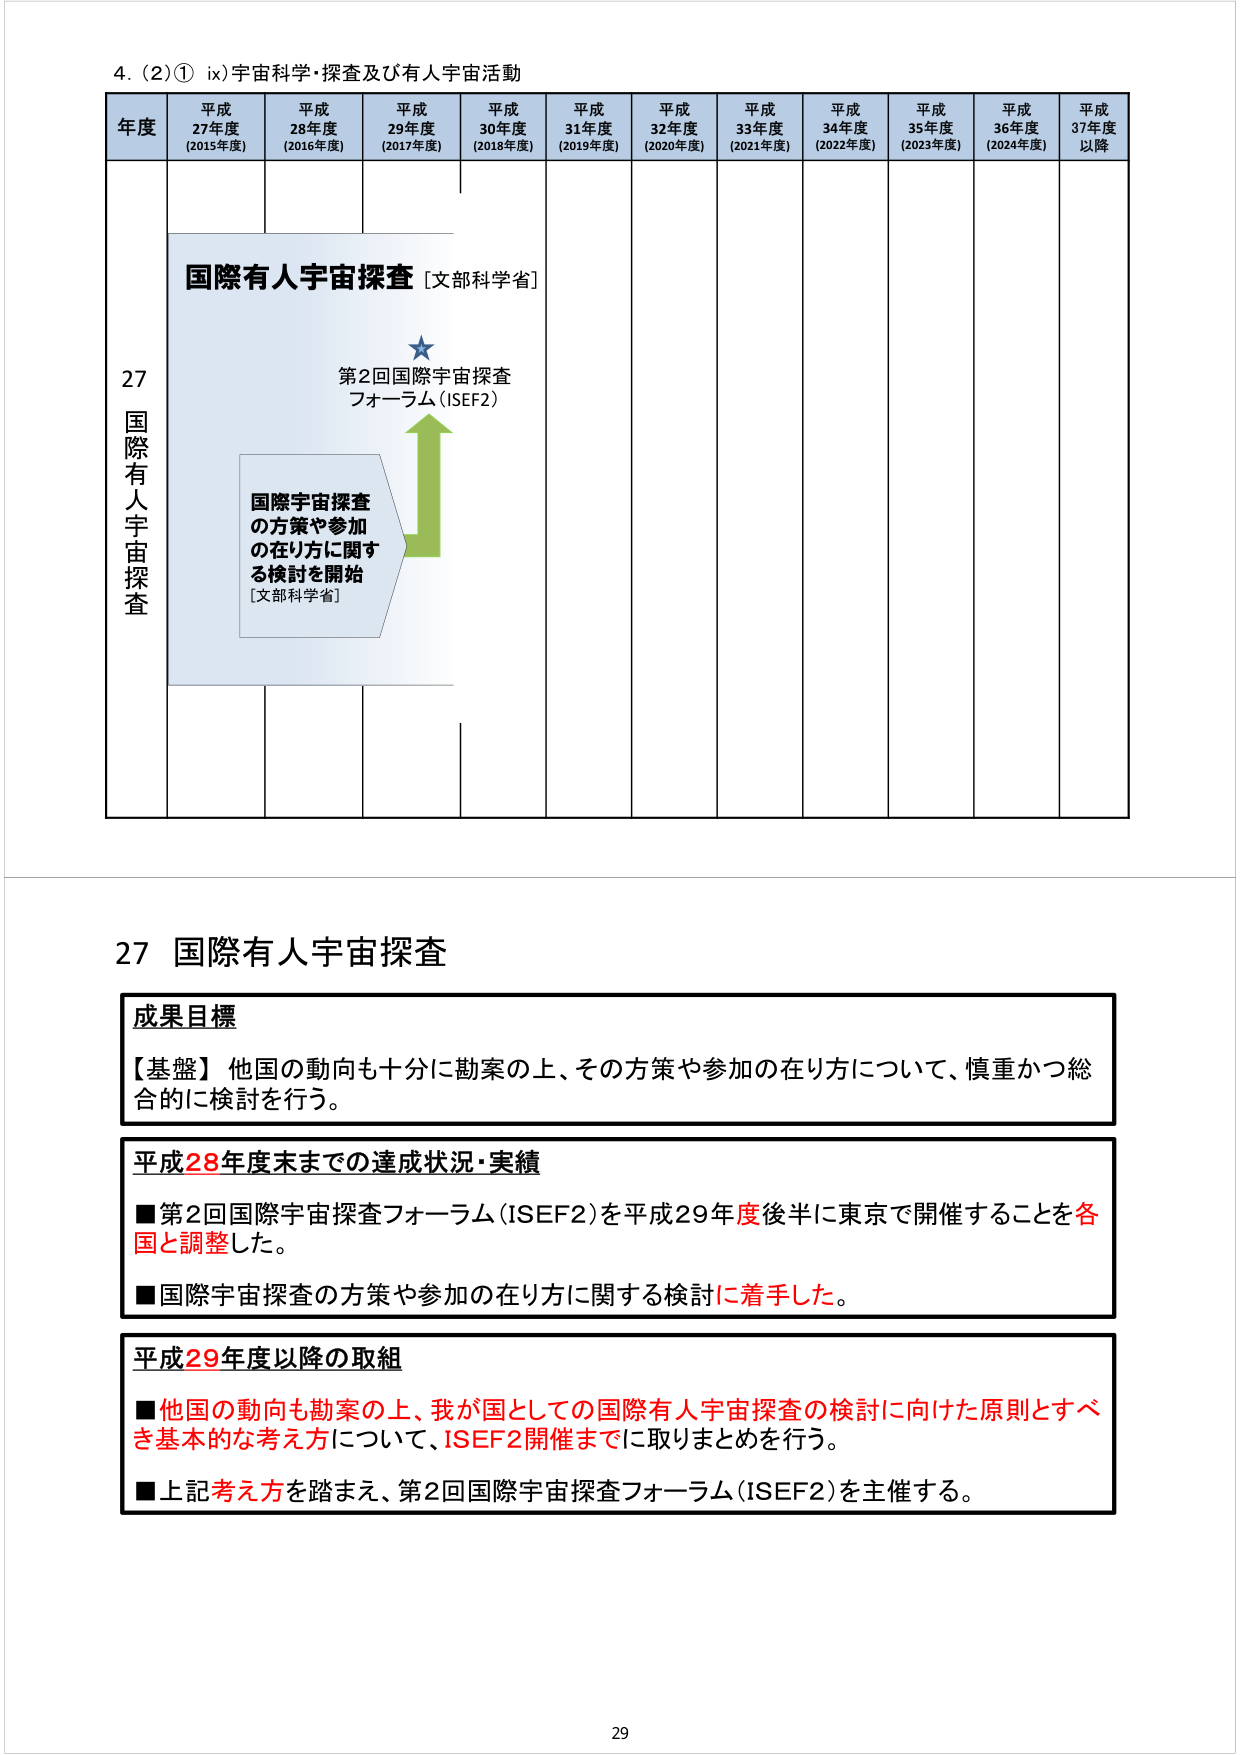
4. (2)① ix)宇宙科学・探査及び有人宇宙活動

年度 平成27年度 (2015年度) 平成28年度 (2016年度) 平成29年度 (2017年度) 平成30年度 (2018年度) 平成31年度 (2019年度) 平成32年度 (2020年度) 平成33年度 (2021年度) 平成34年度 (2022年度) 平成35年度 (2023年度) 平成36年度 (2024年度) 平成37年度以降

27 国際有人宇宙探査

国際有人宇宙探査 [文部科学省]

第2回国際宇宙探査フォーラム (ISEF2)

国際宇宙探査の方策や参加の在り方に関する検討を開始 [文部科学省]

27 国際有人宇宙探査

成果目標
【基盤】他国の動向も十分に勘案の上、その方策や参加の在り方について、慎重かつ総合的に検討を行う。

平成28年度末までの達成状況・実績
■第2回国際宇宙探査フォーラム (ISEF2)を平成29年度後半に東京で開催することを各国と調整した。
■国際宇宙探査の方策や参加の在り方に関する検討に着手した。

平成29年度以降の取組
■他国の動向も勘案の上、我が国としての国際有人宇宙探査の検討に向けた原則とすべき基本的な考え方について、ISEF2開催までに取りまとめを行う。
■上記考え方を踏まえ、第2回国際宇宙探査フォーラム (ISEF2)を主催する。

29